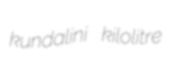
kundalini kilolitre